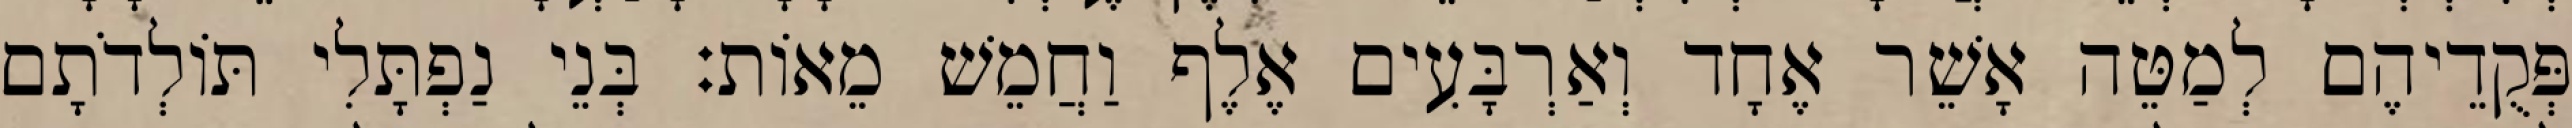
פְּקֻדֵיהֶם לְמַטֵּה אָשֵׁר אֶחָד וְאַרְבָּעִים אֶלֶף וַחֲמֵשׁ מֵאוֹת׃ בְּנֵי נַפְתָּלִי תּוֹלְדֹתָם